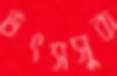
উৎসসুক